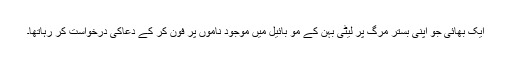
ایک بھائی جو اپنی بستر مرگ پر لیٹی بہن کے مو بائیل میں موجود ناموں پر فون کر کے دعاکی درخواست کر رہاتھا۔